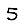
Digit: 5